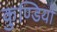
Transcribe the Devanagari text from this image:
कुण्डियों